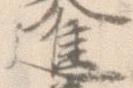
進